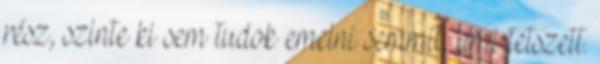
rész, szinte ki sem tudok emelni semmit, ami tetszett.